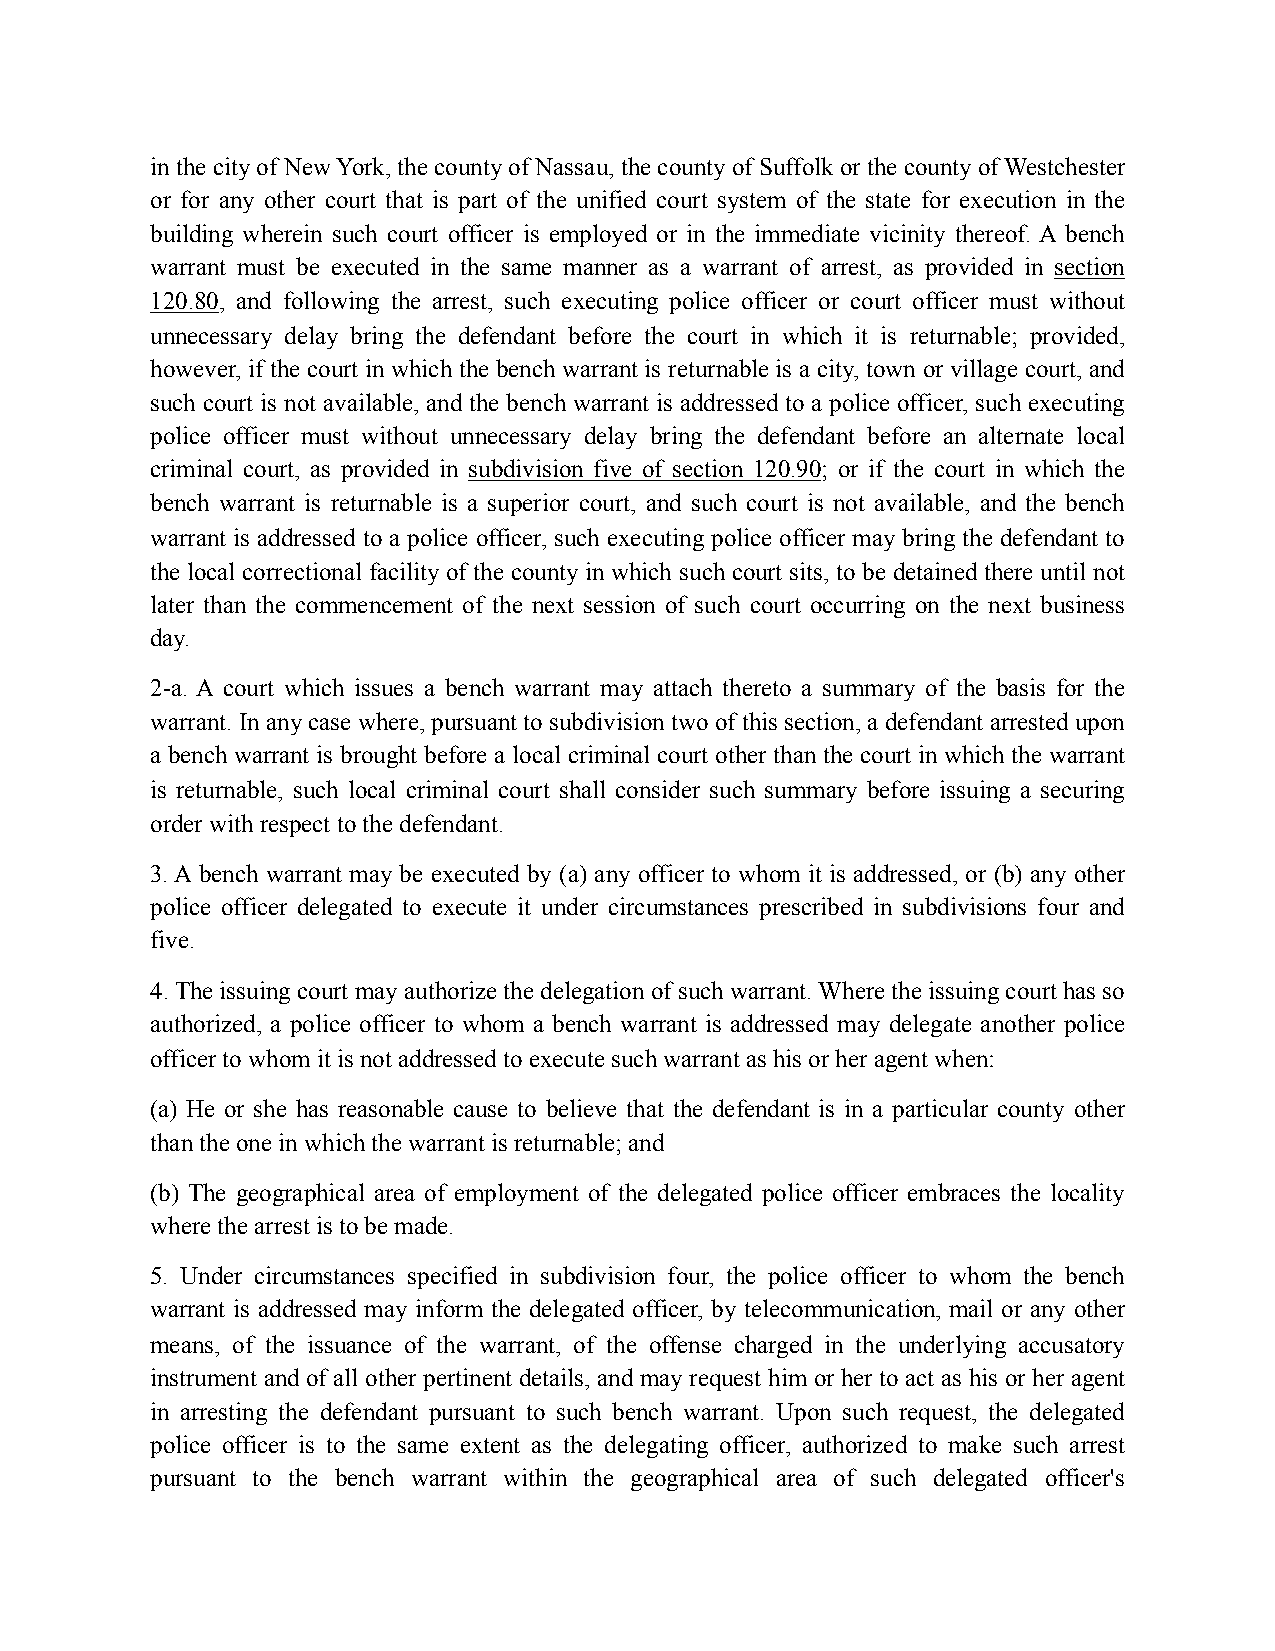
in the city of New York, the county of Nassau, the county of Suffolk or the county of Westchester
 or for any other court that is part of the unified court system of the state for execution in the
 building wherein such court officer is employed or in the immediate vicinity thereof. A bench
 warrant must be executed in the same manner as a warrant of arrest, as provided in section
 120.80, and following the arrest, such executing police officer or court officer must without
 unnecessary delay bring the defendant before the court in which it is returnable; provided,
 however, if the court in which the bench warrant is returnable is a city, town or village court, and
 such court is not available, and the bench warrant is addressed to a police officer, such executing
 police officer must without unnecessary delay bring the defendant before an alternate local
 criminal court, as provided in subdivision five of section 120.90; or if the court in which the
 bench warrant is returnable is a superior court, and such court is not available, and the bench
 warrant is addressed to a police officer, such executing police officer may bring the defendant to
 the local correctional facility of the county in which such court sits, to be detained there until not
 later than the commencement of the next session of such court occurring on the next business
 day.
 2-a. A court which issues a bench warrant may attach thereto a summary of the basis for the
 warrant. In any case where, pursuant to subdivision two of this section, a defendant arrested upon
 a bench warrant is brought before a local criminal court other than the court in which the warrant
 is returnable, such local criminal court shall consider such summary before issuing a securing
 order with respect to the defendant.
 3. A bench warrant may be executed by (a) any officer to whom it is addressed, or (b) any other
 police officer delegated to execute it under circumstances prescribed in subdivisions four and
 five.
 4. The issuing court may authorize the delegation of such warrant. Where the issuing court has so
 authorized, a police officer to whom a bench warrant is addressed may delegate another police
 officer to whom it is not addressed to execute such warrant as his or her agent when:
 (a) He or she has reasonable cause to believe that the defendant is in a particular county other
 than the one in which the warrant is returnable; and
 (b) The geographical area of employment of the delegated police officer embraces the locality
 where the arrest is to be made.
 5. Under circumstances specified in subdivision four, the police officer to whom the bench
 warrant is addressed may inform the delegated officer, by telecommunication, mail or any other
 means, of the issuance of the warrant, of the offense charged in the underlying accusatory
 instrument and of all other pertinent details, and may request him or her to act as his or her agent
 in arresting the defendant pursuant to such bench warrant. Upon such request, the delegated
 police officer is to the same extent as the delegating officer, authorized to make such arrest
 pursuant to the bench warrant within the geographical area of such delegated officer's